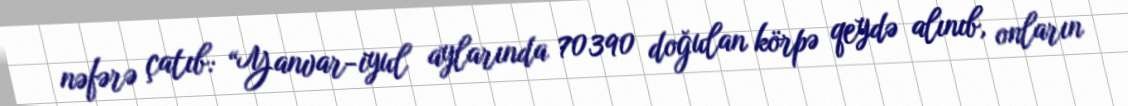
nəfərə çatıb: “Yanvar-iyul aylarında 70390 doğulan körpə qeydə alınıb, onların